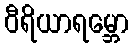
ဝီရိယာရမ္ဘော